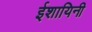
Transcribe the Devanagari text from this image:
ईशायिनी